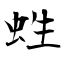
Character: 﨡